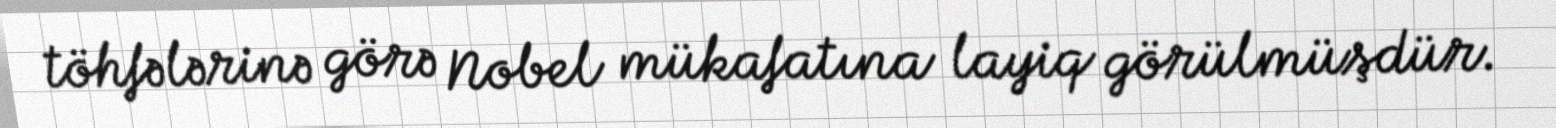
töhfələrinə görə Nobel mükafatına layiq görülmüşdür.